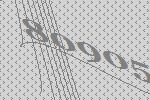
80905